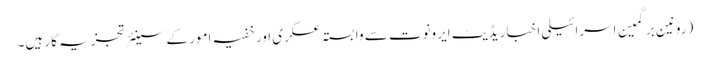
(رونین برگمین اسرائیلی اخبار یڈیٹ ایرونوت سے وابستہ عسکری اور خفیہ امور کے سینئر تجزیہ کار ہیں۔